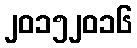
၂၀၁၅၂၀၁၆